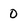
Character: 0